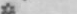
*